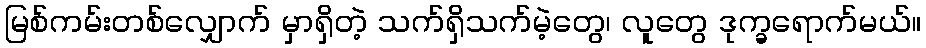
မြစ်ကမ်းတစ်လျှောက် မှာရှိတဲ့ သက်ရှိသက်မဲ့တွေ၊ လူတွေ ဒုက္ခရောက်မယ်။